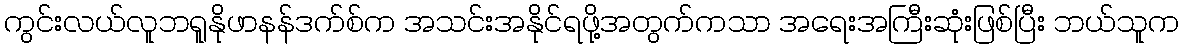
ကွင်းလယ်လူဘရူနိုဖာနန်ဒက်စ်က အသင်းအနိုင်ရဖို့အတွက်ကသာ အရေးအကြီးဆုံးဖြစ်ပြီး ဘယ်သူက